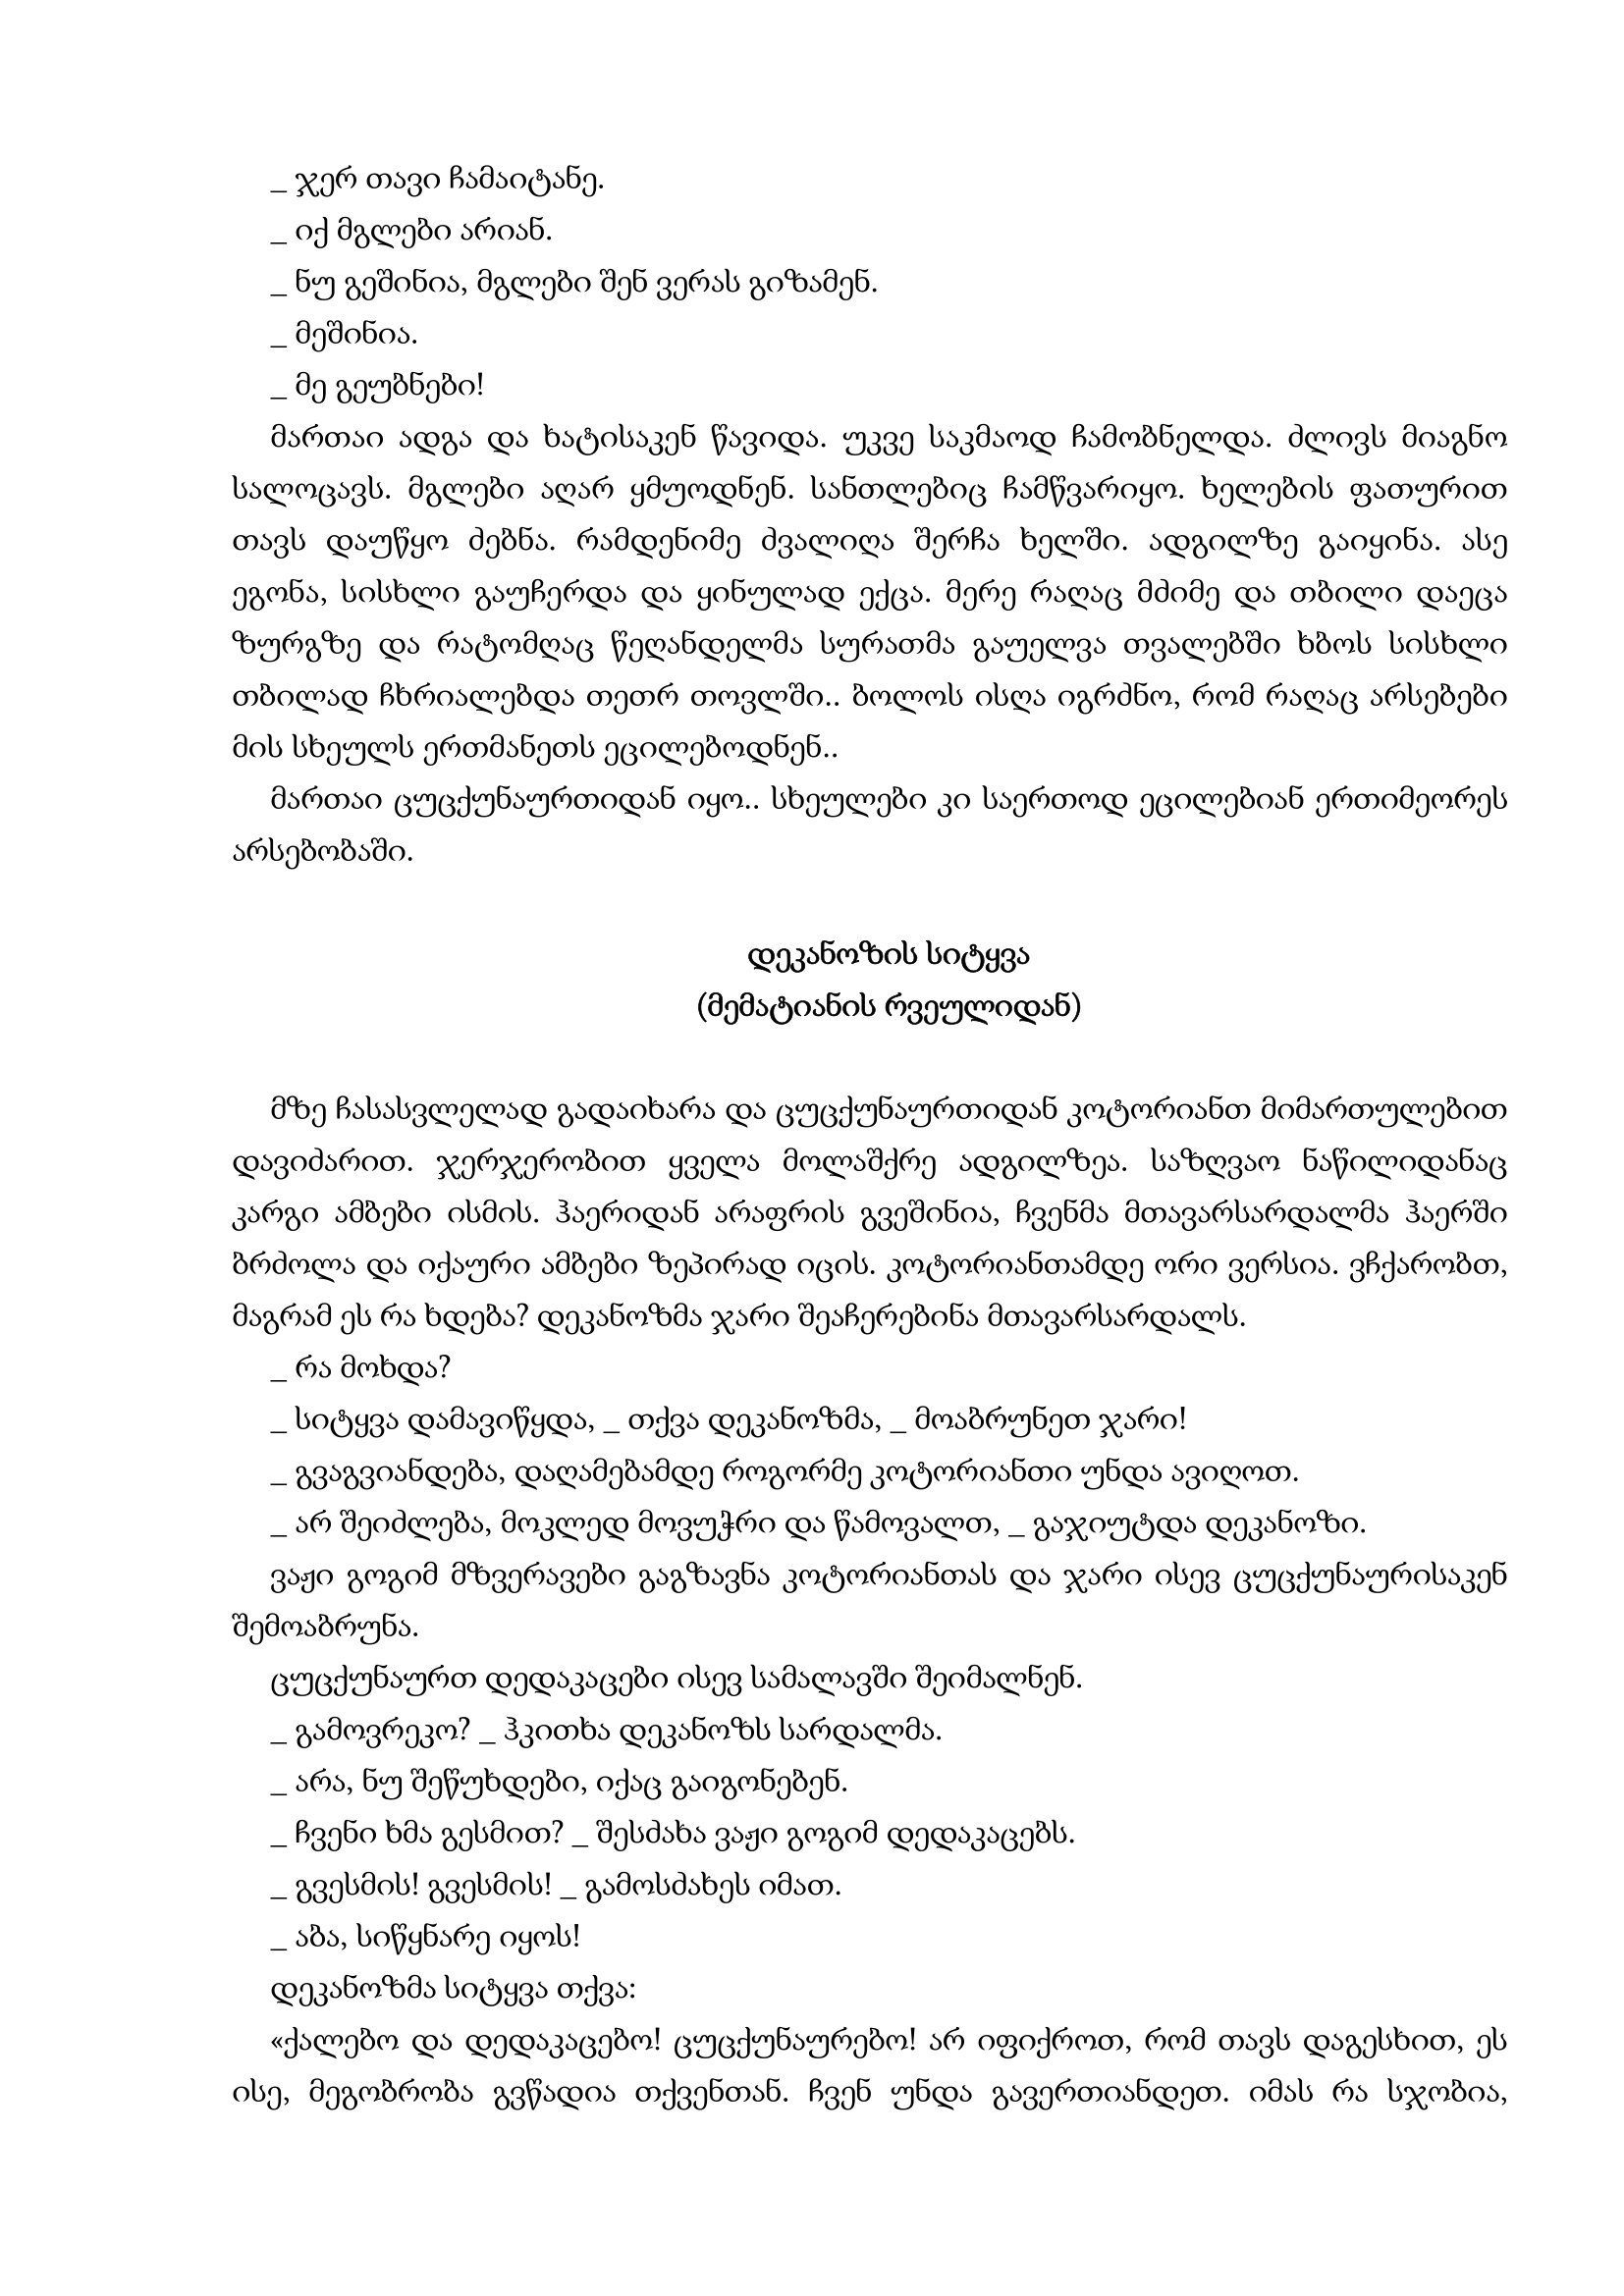
Language: gr